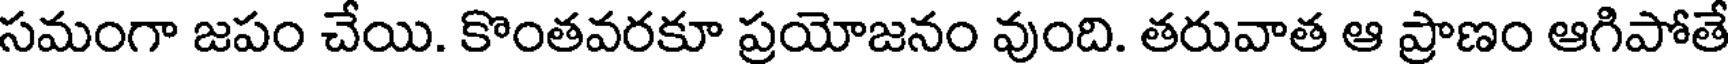
సమంగా జపం చేయి. కొంతవరకూ ప్రయోజనం వుంది. తరువాత ఆ ప్రాణం ఆగిపోతే